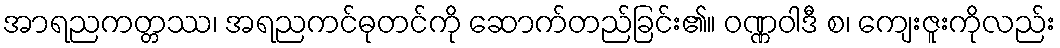
အာရညကတ္တဿ၊ အရညကင်ဓုတင်ကို ဆောက်တည်ခြင်း၏။ ဝဏ္ဏဝါဒီ စ၊ ကျေးဇူးကိုလည်း